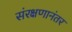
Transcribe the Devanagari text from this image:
संरक्षणानंतर